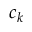
c _ { k }